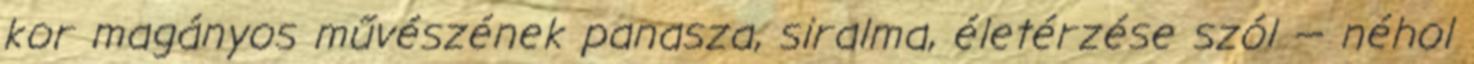
kor magányos művészének panasza, siralma, életérzése szól — néhol